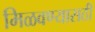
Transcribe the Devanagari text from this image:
मिळवण्यासठी